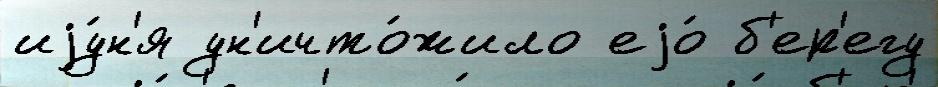
иjу́н'я ун'ичто́жило еjо́ б'ер'егу